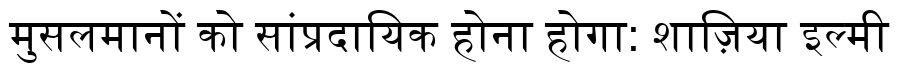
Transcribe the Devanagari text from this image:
मुसलमानों को सांप्रदायिक होना होगा: शाज़िया इल्मी